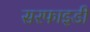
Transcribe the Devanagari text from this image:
सरफाइडी